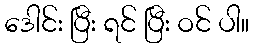
ဒေါင်း ပြီး ရင် ပြီး ဝင် ပါ။